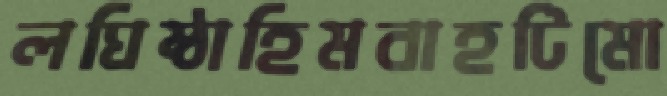
লঘিষ্ঠাহিমবাহটিমো